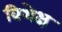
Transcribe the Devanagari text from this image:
विशेक्ष